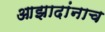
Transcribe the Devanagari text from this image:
आझादांनाच